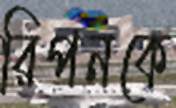
রিপনকে